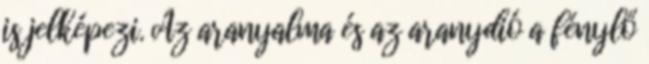
is jelképezi. Az aranyalma és az aranydió a fénylő